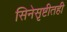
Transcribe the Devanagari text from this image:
सिनेसृष्टीतही